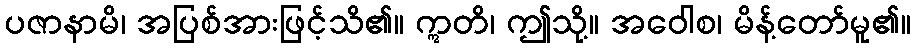
ပဇာနာမိ၊ အပြစ်အားဖြင့်သိ၏။ ဣတိ၊ ဤသို့။ အဝေါစ၊ မိန့်တော်မူ၏။